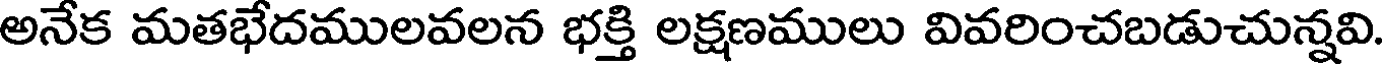
అనేక మతభేదములవలన భక్తి లక్షణములు వివరించబడుచున్నవి